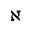
\aleph